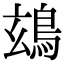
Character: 䲻